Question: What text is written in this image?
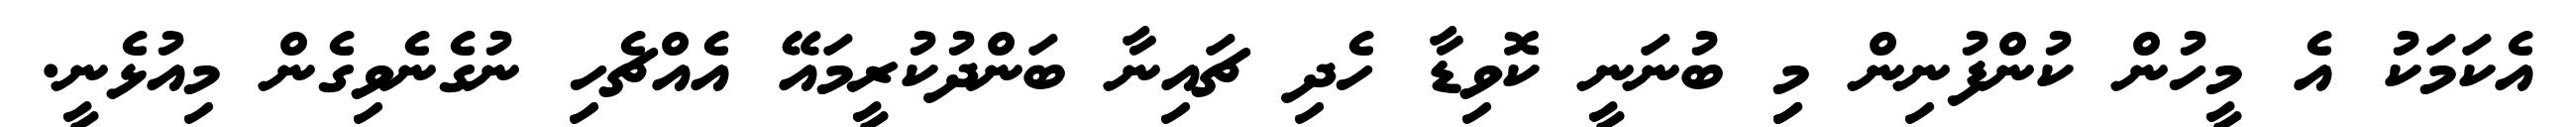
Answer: އެކަމަކު އެ މީހުން ކުންފުނިން މިި ބުނަނީ ކޮވިޑާ ހެދި ޗައިނާ ބަންދުކުރީމައޭ އެއްޗެހި ނުގެނެވިގެން މިއުޅެނީ.